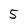
Character: 5